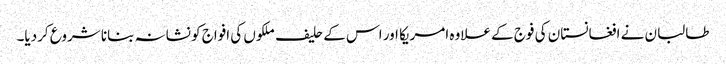
طالبان نے افغانستان کی فوج کے علاوہ امریکا اور اس کے حلیف ملکوں کی افواج کو نشانہ بنانا شروع کردیا۔